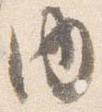
内